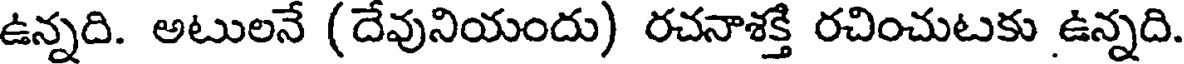
ఉన్నది. అటులనే (దేవునియందు) రచనాశక్తి రచించుటకు ఉన్నది.